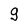
Character: g